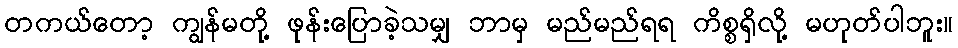
တကယ်တော့ ကျွန်မတို့ ဖုန်းပြောခဲ့သမျှ ဘာမှ မည်မည်ရရ ကိစ္စရှိလို့ မဟုတ်ပါဘူး။